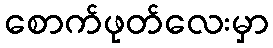
စောက်ဖုတ်လေးမှာ